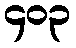
၄၀၃